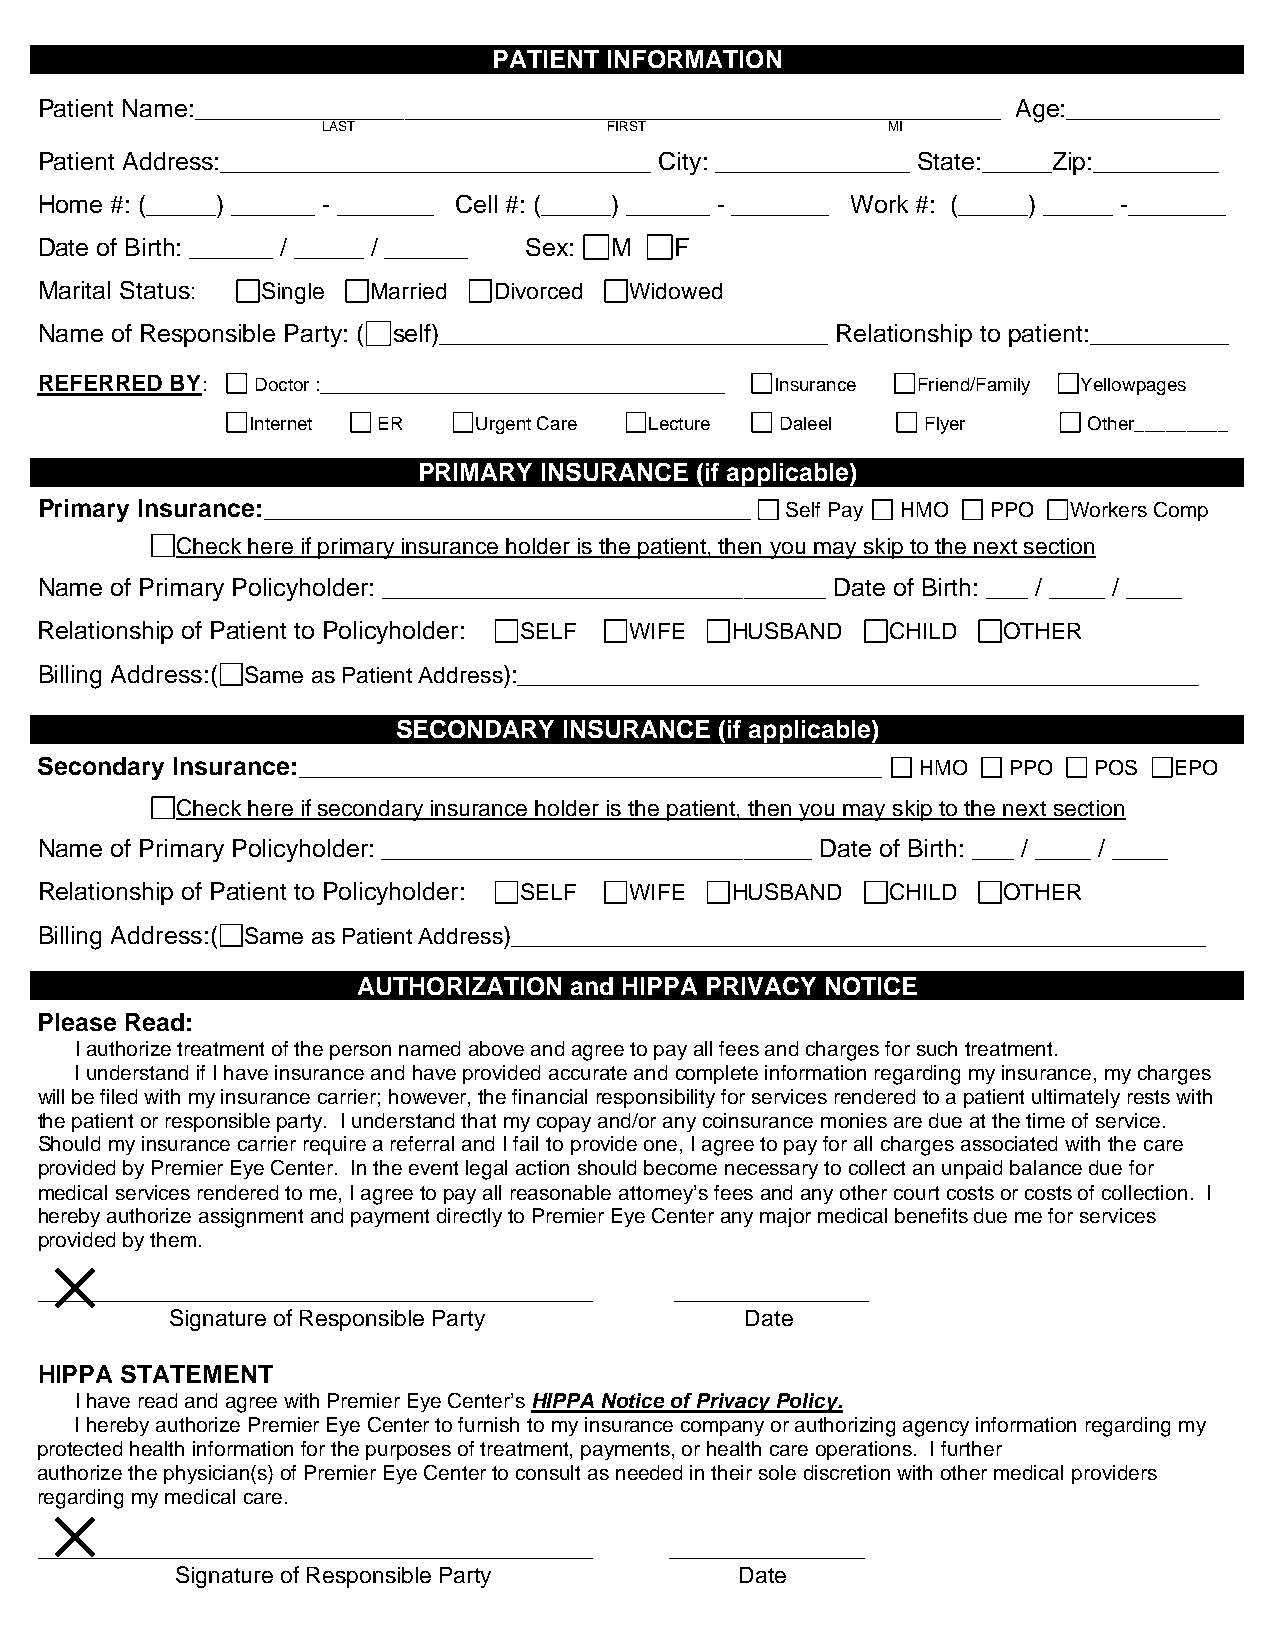
PATIENT INFORMATION
 Patient Name:__________________________________________________________ Age:___________
 LAST               FIRST              MI
 Patient Address:_______________________________ City: ______________ State:_____Zip:_________
 Home #: (_____) ______ - _______ Cell #: (_____) ______ - _______ Work #: (_____) _____ -_______
 Date of Birth: ______ / _____ / ______ Sex: M F
 Marital Status: Single Married Divorced Widowed
 Name of Responsible Party: ( self)____________________________ Relationship to patient:__________
 REFERRED BY:   Doctor :___________________________________ Insurance Friend/Family Yellowpages
 Internet ER    Urgent Care Lecture  Daleel   Flyer      Other_________
 PRIMARY INSURANCE (if applicable)
 Primary Insurance:___________________________________ Self Pay HMO PPO Workers Comp
 Check here if primary insurance holder is the patient, then you may skip to the next section
 Name of Primary Policyholder: ________________________________ Date of Birth: ___ / ____ / ____
 Relationship of Patient to Policyholder: SELF WIFE HUSBAND CHILD OTHER
 Billing Address:( Same as Patient Address):_________________________________________________
 SECONDARY  INSURANCE  (if applicable)
 Secondary Insurance:__________________________________________ HMO PPO POS  EPO
 Check here if secondary insurance holder is the patient, then you may skip to the next section
 Name of Primary Policyholder: _______________________________ Date of Birth: ___ / ____ / ____
 Relationship of Patient to Policyholder: SELF WIFE HUSBAND CHILD OTHER
 Billing Address:( Same as Patient Address)__________________________________________________
 AUTHORIZATION and HIPPA PRIVACY NOTICE
 Please Read:
 I authorize treatment of the person named above and agree to pay all fees and charges for such treatment.
 I understand if I have insurance and have provided accurate and complete information regarding my insurance, my charges
 will be filed with my insurance carrier; however, the financial responsibility for services rendered to a patient ultimately rests with
 the patient or responsible party. I understand that my copay and/or any coinsurance monies are due at the time of service.
 Should my insurance carrier require a referral and I fail to provide one, I agree to pay for all charges associated with the care
 provided by Premier Eye Center. In the event legal action should become necessary to collect an unpaid balance due for
 medical services rendered to me, I agree to pay all reasonable attorney’s fees and any other court costs or costs of collection. I
 hereby authorize assignment and payment directly to Premier Eye Center any major medical benefits due me for services
 provided by them.
 ________________________________________   ______________
 Signature of Responsible Party        Date
 HIPPA STATEMENT
 I have read and agree with Premier Eye Center’s HIPPA Notice of Privacy Policy.
 I hereby authorize Premier Eye Center to furnish to my insurance company or authorizing agency information regarding my
 protected health information for the purposes of treatment, payments, or health care operations. I further
 authorize the physician(s) of Premier Eye Center to consult as needed in their sole discretion with other medical providers
 regarding my medical care.
 ________________________________________  ______________
 Signature of Responsible Party       Date